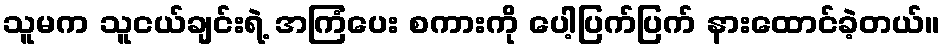
သူမက သူငယ်ချင်းရဲ့ အကြံပေး စကားကို ပေါ့ပြက်ပြက် နားထောင်ခဲ့တယ်။